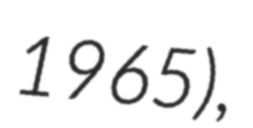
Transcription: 1965),